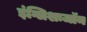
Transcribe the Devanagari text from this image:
इंग्लिशःजॉन